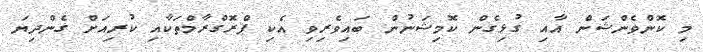
މި ކޮންވެންޝަން އާއި ގުޅިގެން ކޮމިޝަނުން ބައިވެރިވި އެކި ޕްރޮގްރާމްތަކާއި ކުރިއަށް ގެންދިޔަ